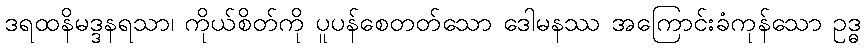
ဒရထနိမဒ္ဒနရသာ၊ ကိုယ်စိတ်ကို ပူပန်စေတတ်သော ဒေါမနဿ အကြောင်းခံကုန်သော ဥဒ္ဓ